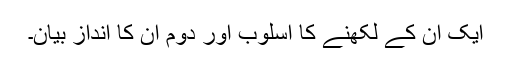
ایک ان کے لکھنے کا اسلوب اور دوم ان کا اندازِ بیان۔